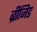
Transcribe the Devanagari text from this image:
ब्रीजिड